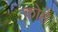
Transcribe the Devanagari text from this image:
कोहे